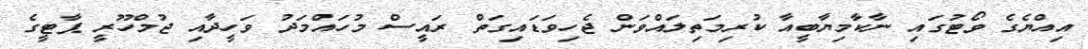
އިއްޔެގެ ވޯޓުގައި ނާކާމިޔާބީއާ ކުރިމަތިލައްވަން ޖެހިވަޑައިގަތް ރައީސް މުހައްމަދު ވަހީދާއި ޖުމްހޫރީ ޕާޓީގެ